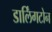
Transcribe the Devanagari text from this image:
डार्लिंगटोन